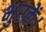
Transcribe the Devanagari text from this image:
भुरकें।